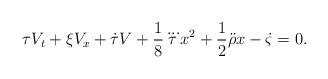
LaTeX: \begin{align*} \tau V_t+\xi V_x+\dot{\tau}V+\frac{1}{8}\dddot{\tau}x^2+\frac{1}{2}\ddot{\rho}x-\dot{\varsigma}=0.\end{align*}